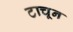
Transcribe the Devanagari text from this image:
टाचून